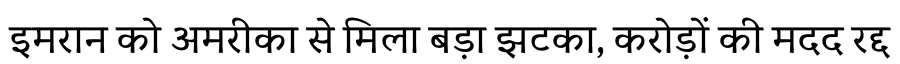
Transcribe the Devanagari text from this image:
इमरान को अमरीका से मिला बड़ा झटका, करोड़ों की मदद रद्द